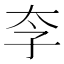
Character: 𱙶